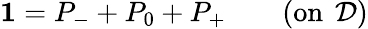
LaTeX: \mathbf{1}=P_{-}+P_{0}+P_{+}\quad\quad(\mathrm{on\, \ }\mathcal{D})